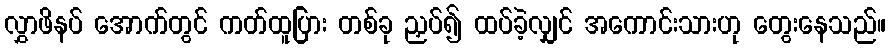
လွှာဖိနပ် အောက်တွင် ကတ်ထူပြား တစ်ခု ညှပ်၍ ထပ်ခဲ့လျှင် အကောင်းသားဟု တွေးနေသည်။